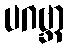
ပဂဗ္ဘာ